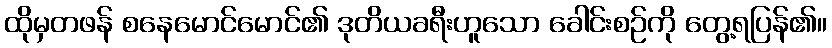
ထိုမှတဖန် စနေမောင်မောင်၏ ဒုတိယခရီးဟူသော ခေါင်းစဉ်ကို တွေ့ရပြန်၏။